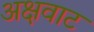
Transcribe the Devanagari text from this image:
अक्षवाट